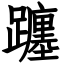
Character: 躔